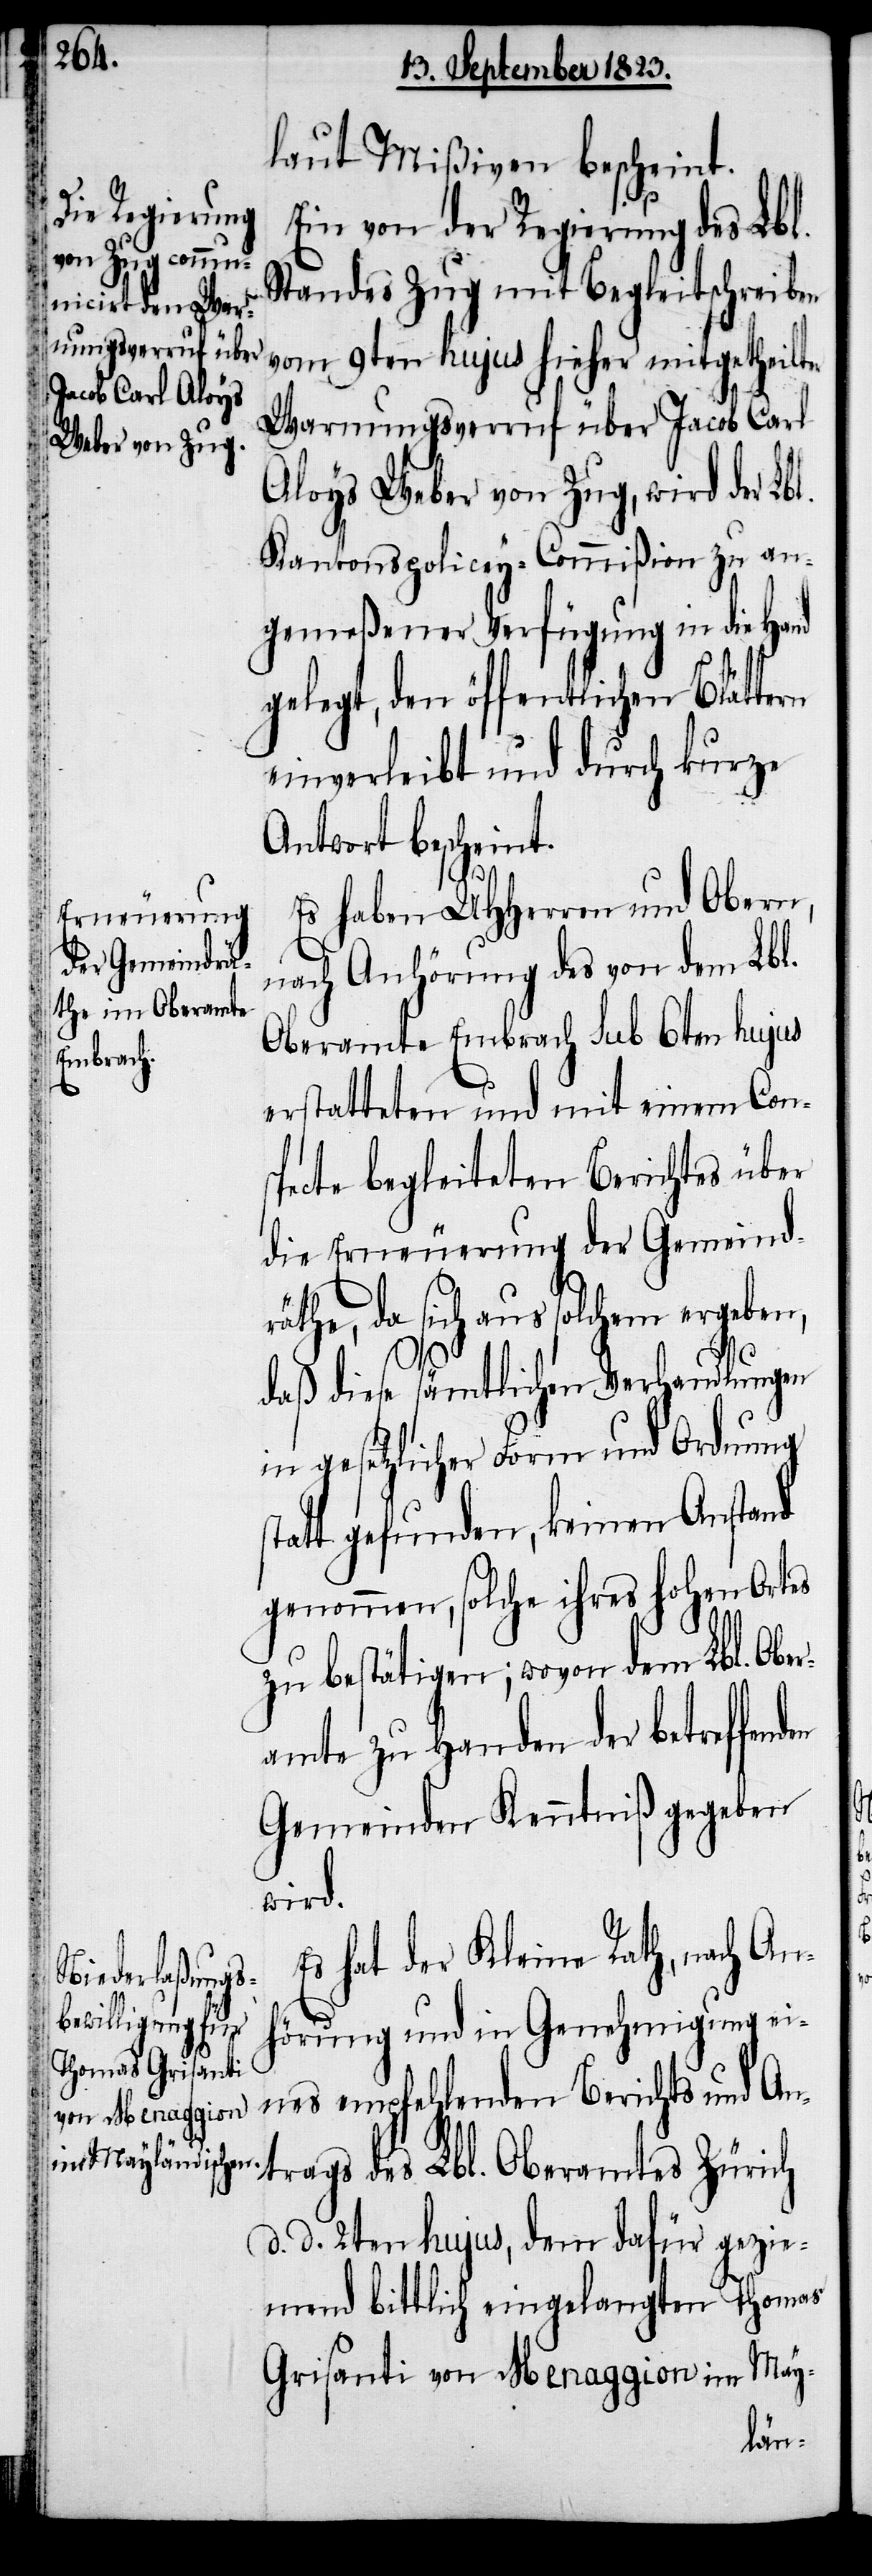
laut Mißiven bescheint.
Ein von der Regierung des Lbl.
Standes Zug mit Begleitschreiben
vom 9ten hujus hieher mitgetheilter
Warnungsverruf über Jacob Carl
Aloys Weber von Zug, wird der Lb¬
Kantonspolicey-Commißion zu an¬
gemeßener Verfügung in die Hand
gelegt, den öffentlichen Blättern
einverleibt und durch kurze
Antwort bescheint.
den
Es haben UHHerren und Obern,
s¬
nach Anhörung des von dem Lbl.
Oberamte Embrach sub 6ten hujus
erstatteten und mit einem Cons¬
pecte begleiteten Berichtes über
die Erneuerung der Gemeindr¬
äthe, da sich aus solchem ergeben,
daß diese sämtlichen Verhandlungen
in gesetzlicher Form und Ordnung
tatt gefunden, keinen Anstand
genommen, solche ihres hohen Ortes
zu bestätigen; wovon dem Lbl. Obe¬
ramte zu Handen der betreffen¬
Gemeinden Kenntniß gegeben
wird.
Es hat der Kleine Rath, nach An¬
hörung und in Genehmigung ei¬
nes empfehlenden Berichts und A¬
ntrags des Lbl. Oberamtes Zürich
d. d. 2ten hujus, dem dafür gezie¬
mend bittlich eingelangten Thomas
May-
Grisanti von Menaggion im